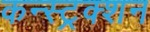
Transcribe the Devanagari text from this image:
कन्स्ट्रक्‍शन